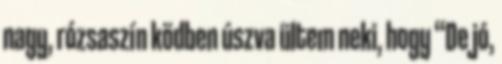
nagy, rózsaszín ködben úszva ültem neki, hogy “De jó,